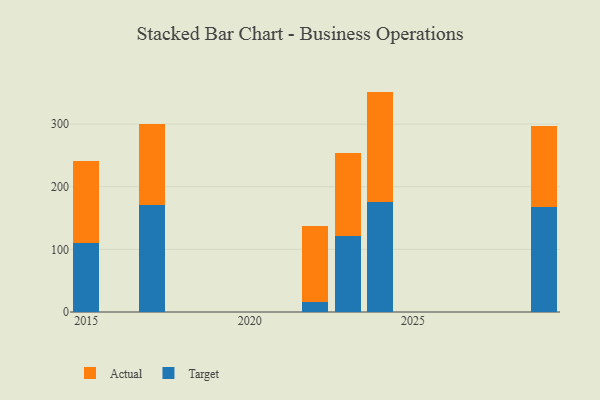
{"axis": {"x": "Year", "y": "Demand Index"}, "legend": ["Actual", "Target"], "data": [{"x": "2022", "y": 15.2, "type": "Target"}, {"x": "2022", "y": 122.9, "type": "Actual"}, {"x": "2015", "y": 110.8, "type": "Target"}, {"x": "2015", "y": 130.2, "type": "Actual"}, {"x": "2024", "y": 175.7, "type": "Target"}, {"x": "2024", "y": 176.2, "type": "Actual"}, {"x": "2023", "y": 121.6, "type": "Target"}, {"x": "2023", "y": 132.0, "type": "Actual"}, {"x": "2029", "y": 167.7, "type": "Target"}, {"x": "2029", "y": 129.2, "type": "Actual"}, {"x": "2017", "y": 171.4, "type": "Target"}, {"x": "2017", "y": 128.0, "type": "Actual"}]}